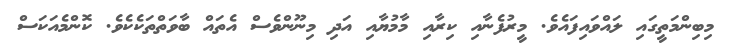
މިބިންމަތީގައި ލައްވައިފައެވެ. މީރުފެނާއި ކިރާއި މާމުޔާއި އަދި މިނޫންވެސް އެތައް ބާވަތްތަކެކެވެ. ކޮންމެއަކަސް